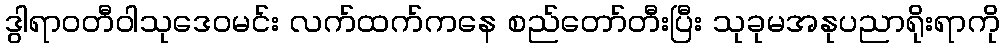
ဒွါရာဝတီဝါသုဒေဝမင်း လက်ထက်ကနေ စည်တော်တီးပြီး သုခုမအနုပညာရိုးရာကို